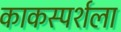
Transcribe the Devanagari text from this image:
काकस्पर्शला